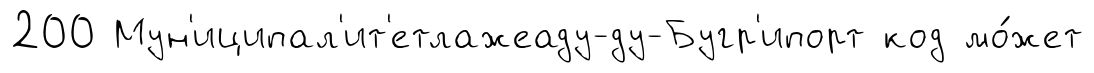
200 Мун'иципал'ит'етлажеаду-ду-Бугр'ипорт код мо́жет